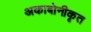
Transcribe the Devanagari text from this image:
अकाबोनीकृत